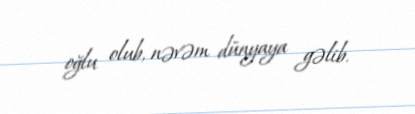
oğlu olub, nəvəm dünyaya gəlib.